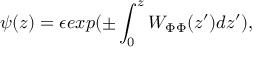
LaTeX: \psi ( z ) = \epsilon e x p ( \pm \int _ { 0 } ^ { z } W _ { \Phi \Phi } ( z ^ { \prime } ) d z ^ { \prime } ) ,